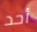
أحد